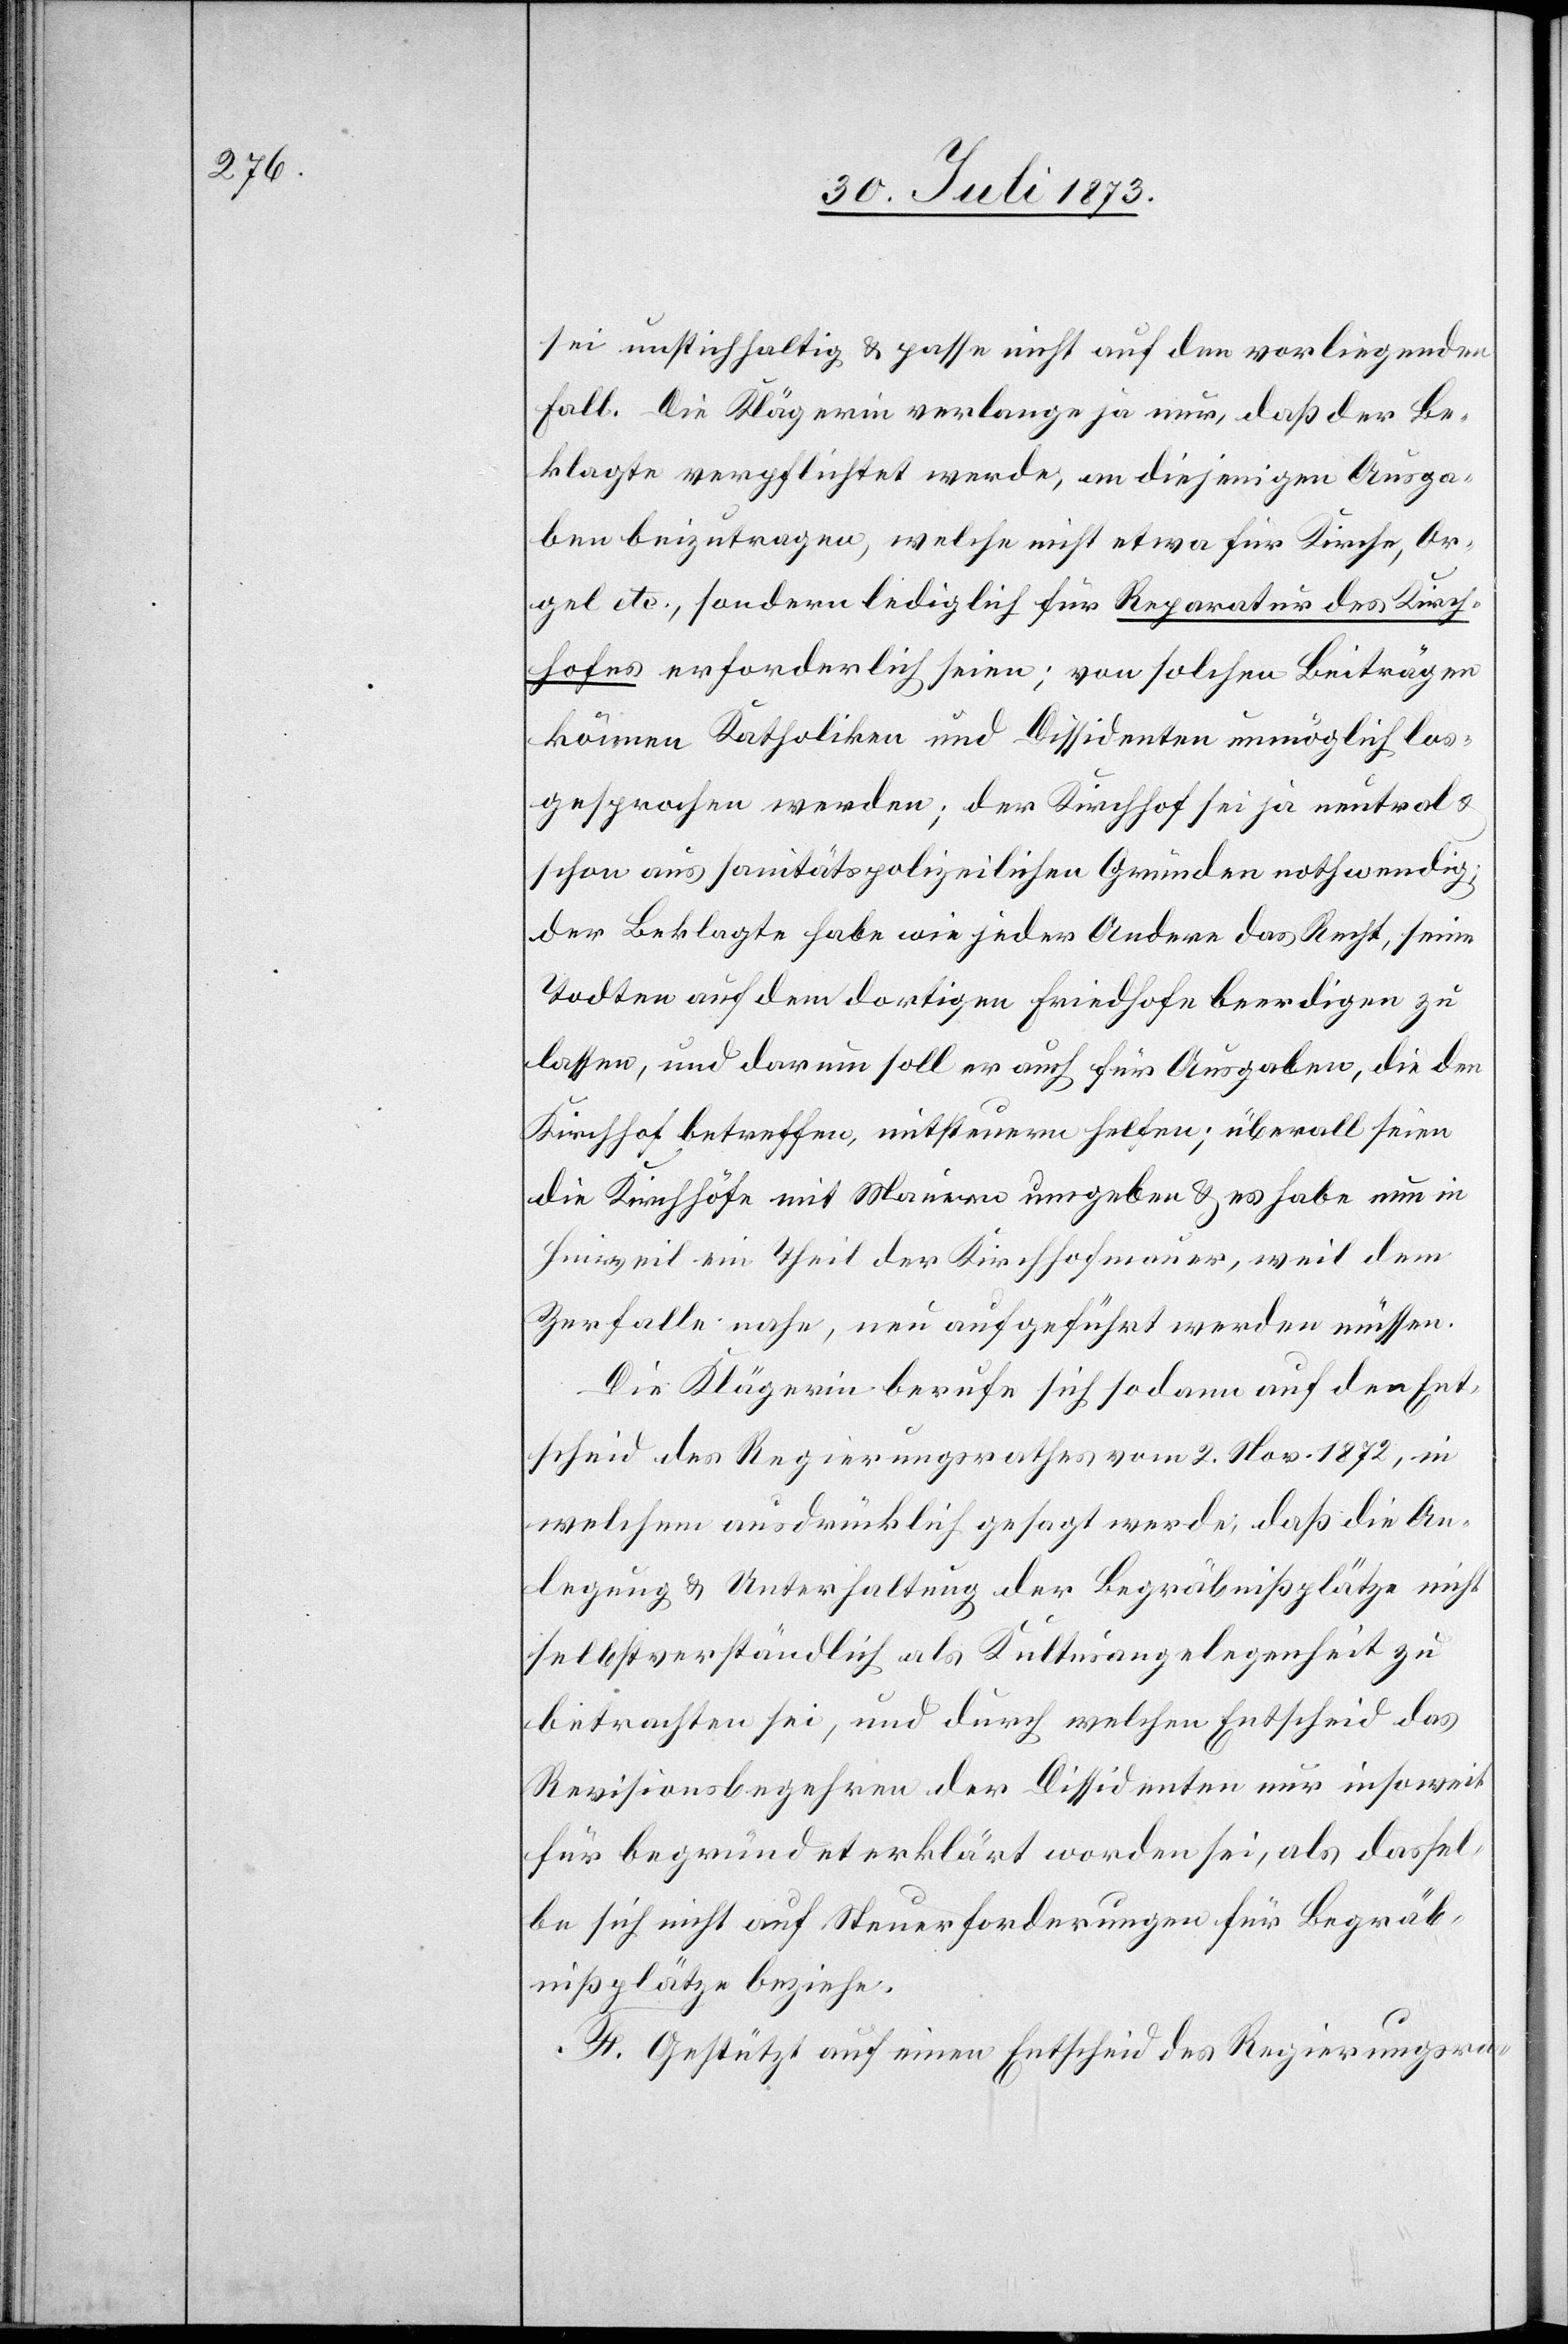
sei unstichhaltig & passe nicht auf den vorliegenden
Fall. Die Klägerin verlange ja nur, daß der Be¬
klagte verpflichtet werde, an diejenigen Ausga¬
ben beizutragen, welche nicht etwa für Kirche, Or¬
gel etc., sondern lediglich für Reparatur des Kirch¬
hofes erforderlich seien; von solchen Beiträgen
können Katholiken und Dissidenten unmöglich los¬
gesprochen werden; der Kirchhof sei ja neutral &
schon aus sanitätspolizeilichen Gründen nothwendig;
der Beklagte habe wie jeder Andere das Recht, seine
Todten auf dem dortigen Friedhofe beerdigen zu
lassen, und darum soll er auch für Ausgaben, die den
Kirchhof betreffen, mitsteuern helfen; überall seien
die Kirchhöfe mit Mauern umgeben & es habe nun in
Hinweil ein Theil der Kirchhofmauer, weil dem
Zerfalle nahe, neu aufgeführt werden müssen.
Die Klägerin berufe sich sodann auf den Ent¬
scheid des Regierungsrathes vom 2. Nov. 1872, in
welchem ausdrücklich gesagt werde, daß die An¬
legung & Unterhaltung der Begräbnißplätze nicht
selbstverständlich als Kultusangelegenheit zu
betrachten sei, und durch welchen Entscheid das
Revisionsbegehren der Dissidenten nur insoweit
für begründet erklärt worden sei, als dassel¬
be sich nicht auf Steuerforderungen für Begräb¬
nißplätze beziehe.
F. Gestützt auf einen Entscheid des Regierungsra-